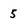
Character: 5